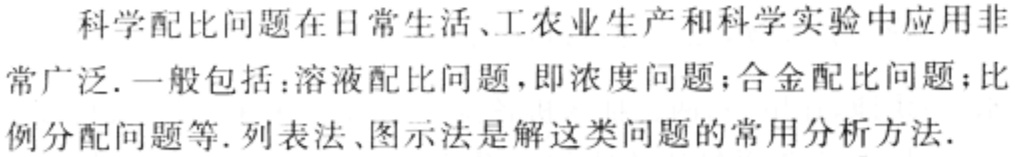
科学配比问题在日常生活、工农业生产和科学实验中应用非常广泛. 一般包括：溶液配比问题，即浓度问题；合金配比问题；比例分配问题等. 列表法、图示法是解这类问题的常用分析方法.